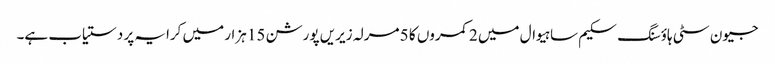
جیون سٹی ہاؤسنگ سکیم ساہیوال میں 2 کمروں کا 5 مرلہ زیریں پورشن 15 ہزار میں کرایہ پر دستیاب ہے۔